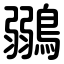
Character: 鶸